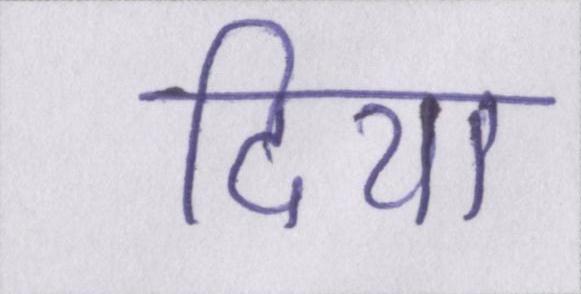
दिया